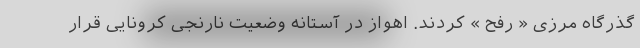
گذرگاه مرزی « رفح » کردند. اهواز در آستانه وضعیت نارنجی کرونایی قرار